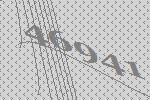
46941